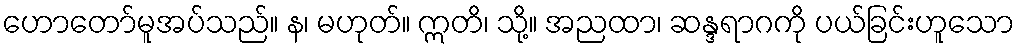
ဟောတော်မူအပ်သည်။ န၊ မဟုတ်။ ဣတိ၊ သို့။ အညထာ၊ ဆန္ဒရာဂကို ပယ်ခြင်းဟူသော